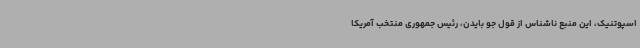
اسپوتنیک، این منبع ناشناس از قول جو بایدن، رئیس جمهوری منتخب آمریکا